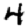
Digit: 4